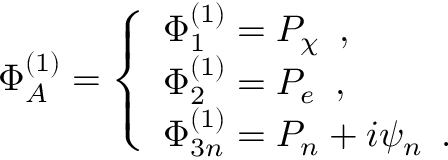
\Phi _ { A } ^ { ( 1 ) } = \left\{ \begin{array} { l } { { \Phi _ { 1 } ^ { ( 1 ) } = P _ { \chi } \, \, \, , } } \\ { { \Phi _ { 2 } ^ { ( 1 ) } = P _ { e } \, \, \, , } } \\ { { \Phi _ { 3 n } ^ { ( 1 ) } = P _ { n } + i \psi _ { n } \, \, \, . } } \end{array} \right.